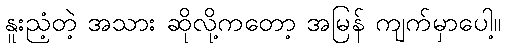
နူးညံ့တဲ့ အသား ဆိုလို့ကတော့ အမြန် ကျက်မှာပေါ့။